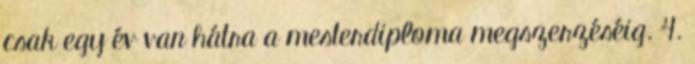
csak egy év van hátra a mesterdiploma megszerzéséig. 4.